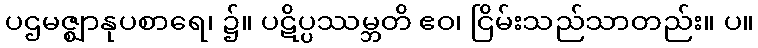
ပဌမဇ္ဈာနုပစာရေ၊ ၌။ ပဋိပ္ပဿမ္ဘတိ ဧဝ၊ ငြိမ်းသည်သာတည်း။ ပ။